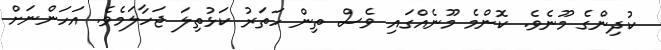
ކުދިންގެ މޫނެވެ. ކޮންމެ މޫނެއްގައި ވެސް ތިން ހަތަރު ކަޅުތިލަ ޖަހާލަމެވެ. އަހަންނަށް